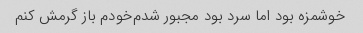
خوشمزه بود اما سرد بود مجبور شدم‌خودم باز گرمش کنم